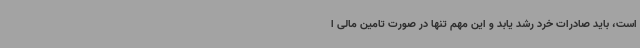
است، باید صادرات خرد رشد یابد و این مهم تنها در صورت تامین مالی ا